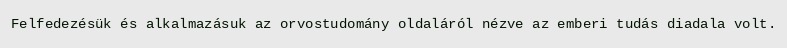
Felfedezésük és alkalmazásuk az orvostudomány oldaláról nézve az emberi tudás diadala volt.